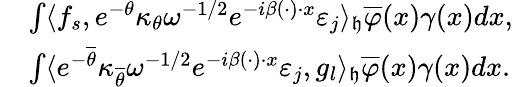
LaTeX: \begin{array}{rl}&{\int\langle f_{s},e^{-\theta}\kappa_{\theta}\omega^{-1/2}e^{-i\beta(\cdot)\cdot x}\varepsilon_{j}\rangle_{\mathfrak{h}}\overline{{\varphi}}(x)\gamma(x)dx,}\\ &{\int\langle e^{-\overline{{\theta}}}\kappa_{\overline{{\theta}}}\omega^{-1/2}e^{-i\beta(\cdot)\cdot x}\varepsilon_{j},{g}_{l}\rangle_{\mathfrak{h}}\overline{{\varphi}}(x)\gamma(x)dx.}\end{array}